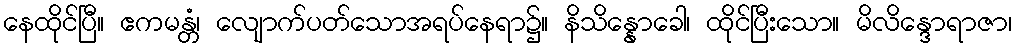
နေထိုင်ပြီ။ ဧကမန္တံ၊ လျောက်ပတ်သောအရပ်နေရာ၌။ နိသိန္နောခေါ၊ ထိုင်ပြီးသော။ မိလိန္ဒောရာဇာ၊